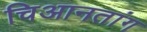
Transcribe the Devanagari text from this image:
चिआनतांग